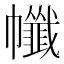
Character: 㡨